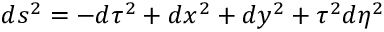
d s ^ { 2 } = - d \tau ^ { 2 } + d x ^ { 2 } + d y ^ { 2 } + \tau ^ { 2 } d \eta ^ { 2 }